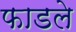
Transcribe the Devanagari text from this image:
फाडले